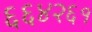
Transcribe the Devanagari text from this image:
६६४२६१